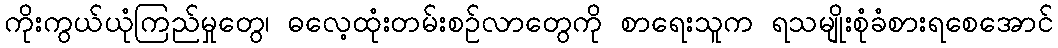
ကိုးကွယ်ယုံကြည်မှုတွေ၊ ဓလေ့ထုံးတမ်းစဉ်လာတွေကို စာရေးသူက ရသမျိုးစုံခံစားရစေအောင်